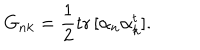
G _ { n k } = { \frac { 1 } { 2 } } \mathrm { t r } \, [ \alpha _ { n } \alpha _ { k } ^ { t } ] .